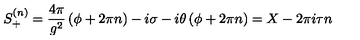
S _ { + } ^ { ( n ) } = \frac { 4 \pi } { g ^ { 2 } } \left( \phi + 2 \pi n \right) - i \sigma - i \theta \left( \phi + 2 \pi n \right) = X - 2 \pi i \tau n